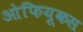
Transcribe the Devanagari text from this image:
ओफियूकस